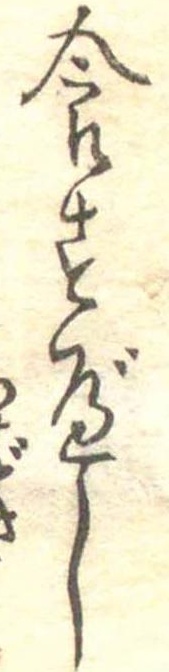
食すべし